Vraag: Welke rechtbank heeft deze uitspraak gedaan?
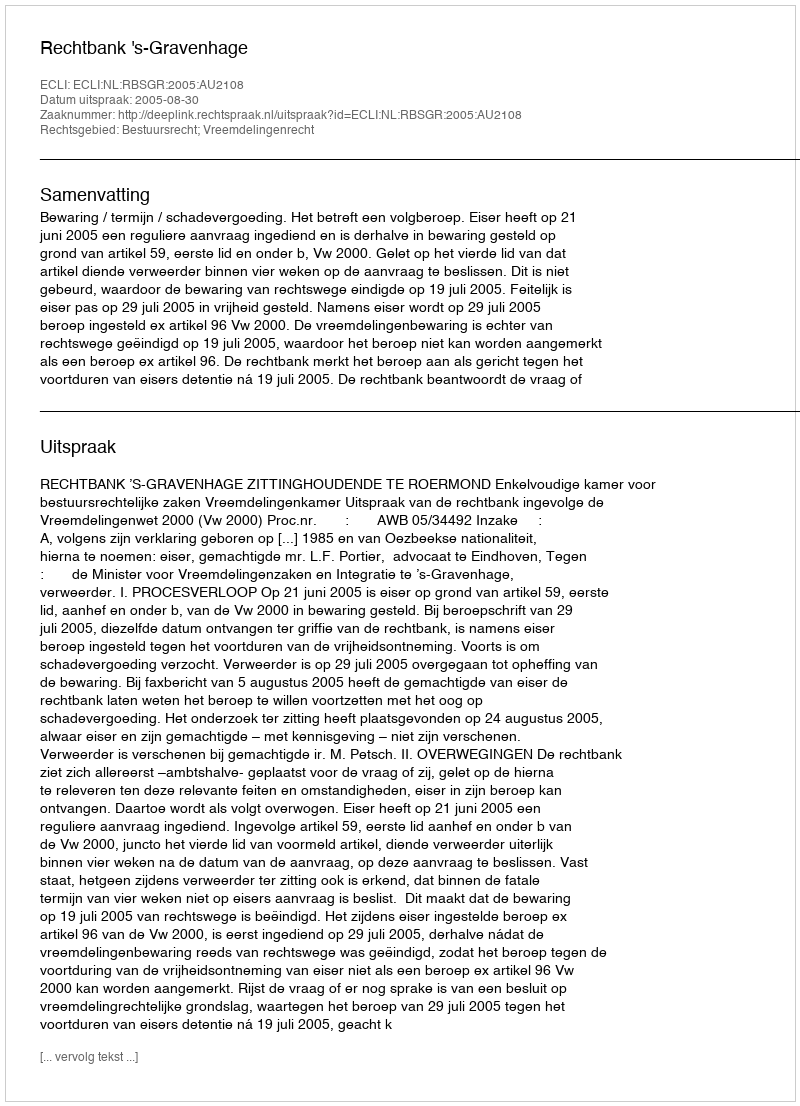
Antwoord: Rechtbank 's-Gravenhage